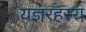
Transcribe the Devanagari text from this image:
यज्ञरहस्य